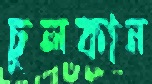
চুলকান